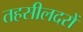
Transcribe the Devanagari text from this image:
तहसीलदरों